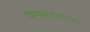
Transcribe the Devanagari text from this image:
दिग्दर्शनातला